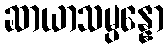
ဆာယာသမ္ပန္နော